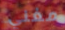
مغني